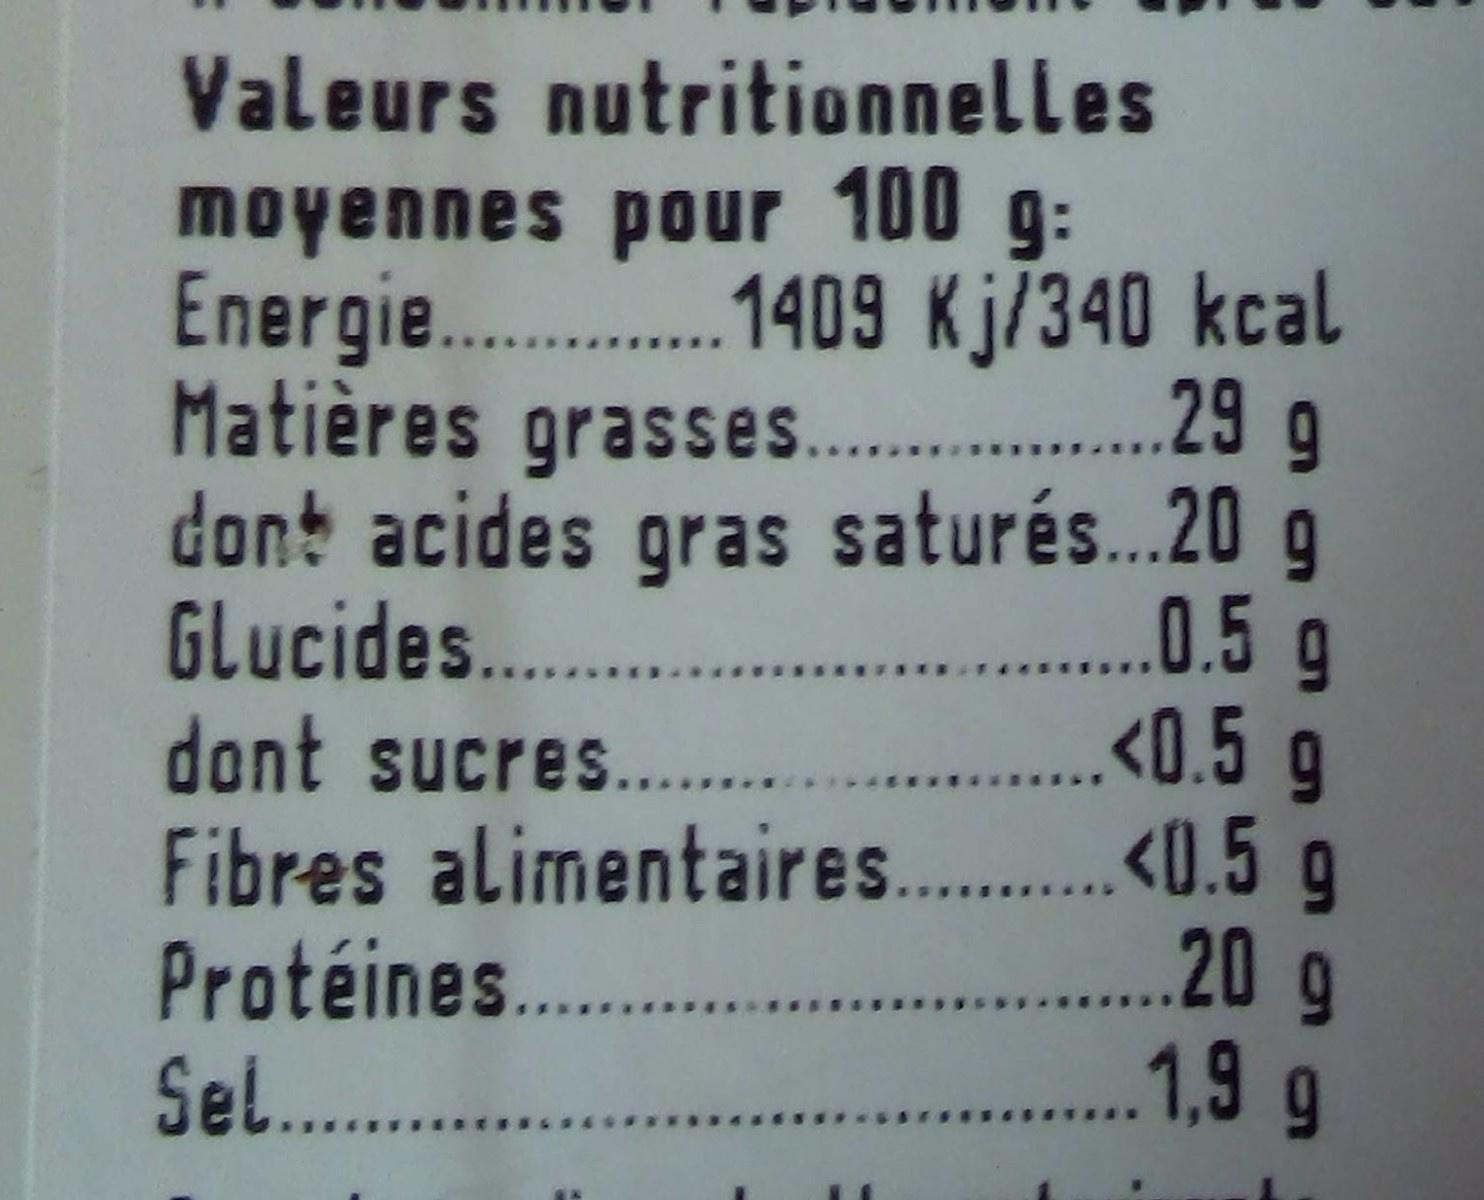
Valeurs nutritionnelles
moyennes pour 100 g: Energie. . 409 Kj/340 kcal . 29 g
Matières grasses..
dont acides gras saturés..20 g . .0.5 g <0.5 g
Glucides..
dont sucres.. Fibres alimentaires. .«0.5 g Protéines. . Sel..
.20g ...1.9 g